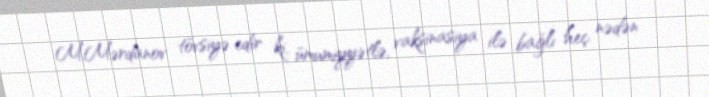
M.Mərdanov tövsiyə edir ki, ümumiyyətlə, vaksinasiya ilə bağlı heç nədən